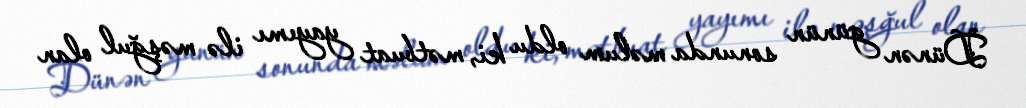
Dünən günün sonunda məlum oldu ki, mətbuat yayımı ilə məşğul olan